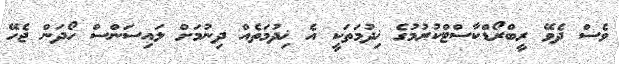
ވެސް ދެވޭ ރީބްރޯޑްކާސްޓްކުރުމުގެ ޚިދުމަތަކީ އެ ޚިދުމަތެއް ދިނުމަށް ލައިސަންސް ހޯދަން ޖެހޭ